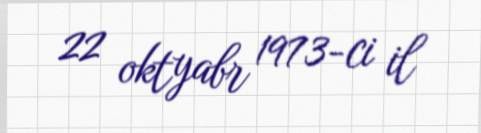
22 oktyabr 1973-ci il